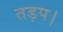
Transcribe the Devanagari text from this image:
तड़प।